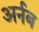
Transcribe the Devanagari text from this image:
अर्नब